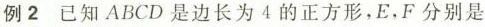
例2 已知ABCD是边长为4的正方形，E，F分别是